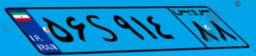
۵۶S۹۱۴۸۸